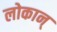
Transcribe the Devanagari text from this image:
लोकान्